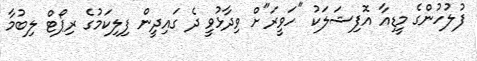
ފުލުހުންގެ މީޑިއާ އޮފިޝަލަކު "ހަވީރަ"ށް ވިދާޅުވީ ދެ ގައިދީން ފިލިކަމުގެ ރިޕޯޓް ލިބުމާ